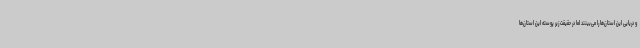
و دریایی این استان‌ها را می‌بینند اما در حقیقت زیر پوسته این‌ استان‌ها